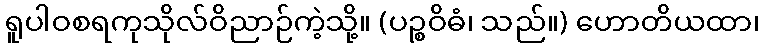
ရူပါဝစရကုသိုလ်ဝိညာဉ်ကဲ့သို့။ (ပဉ္စဝိဓံ၊ သည်။) ဟောတိယထာ၊